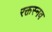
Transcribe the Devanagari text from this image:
रक्तस्नव